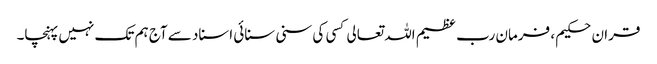
قران حکیم ، فرمان رب عظیم اللہ تعالی کسی کی سنی سنائی اسناد سے آج ہم تک نہیں پہنچا۔